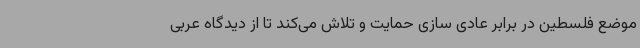
موضع فلسطین در برابر عادی سازی حمایت و تلاش می‌کند تا از دیدگاه عربی